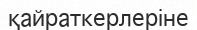
қайраткерлеріне